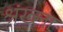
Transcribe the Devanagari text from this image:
श्रंख्ला